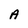
Character: A